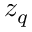
z _ { q }